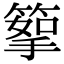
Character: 𥰪